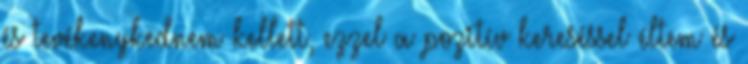
és tevékenykednem kellett, ezzel a pozitív kereséssel éltem és